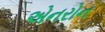
એનરોન